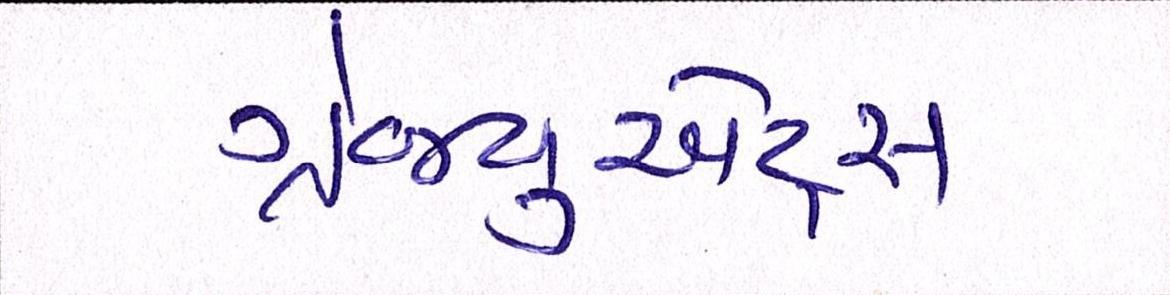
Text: ગ્રેજ્યુએટ્સ